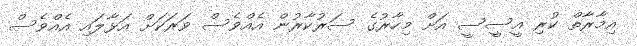
އިމާރާތް ކުރި އީސީސީ އަށް މިހާރުގެ ސަރުކާރުން އެއްވެސް ވަރަކަށް އަޅާލައި އެއްވެސް